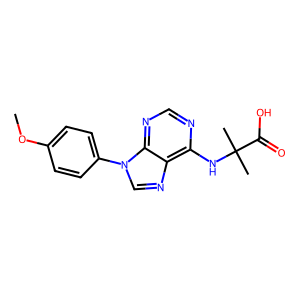
SMILES: COc1ccc(-n2cnc3c(NC(C)(C)C(=O)O)ncnc32)cc1
Inhibits HIV replication: No